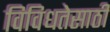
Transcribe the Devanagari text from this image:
विविधतेसाठी